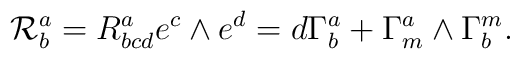
{\cal R}^a_b = R^a_{bcd} e^c \wedge e^d = d \Gamma^a_b + \Gamma^a_m\wedge \Gamma^m_b.